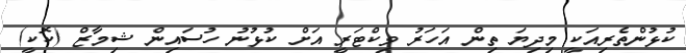
ކުޅުންތެރިއަކީ މިދިޔަ ތިން އަހަރު ވިކްޓަރީ އަށް ކުޅުނު ހުސައިން ޝިމާޒް (ކޮކީ)